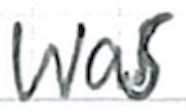
Text: was
Cross-out: clean
Writing tool: ballpoint